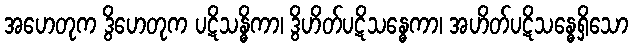
အဟေတုက ဒွိဟေတုက ပဋိသန္ဓိကာ၊ ဒွိဟိတ်ပဋိသန္ဓေကာ၊ အဟိတ်ပဋိသန္ဓေရှိသော